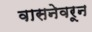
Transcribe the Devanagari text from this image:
वासनेवरून